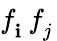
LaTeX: f_{\mathbf{i}}^{\phantom{\dagger}}f_{j}^{\phantom{\dagger}}